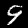
Label: 9